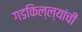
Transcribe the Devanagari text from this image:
गडकिल्ल्यांची